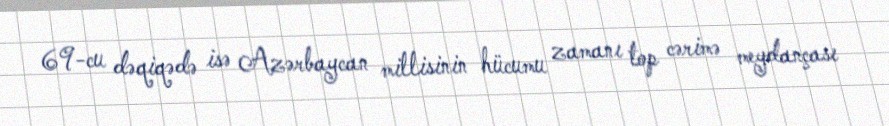
69-cu dəqiqədə isə Azərbaycan millisinin hücumu zamanı top cərimə meydançası